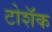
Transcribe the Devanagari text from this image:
टोशॅक